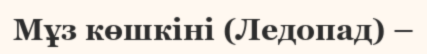
Мұз көшкіні (Ледопад) –